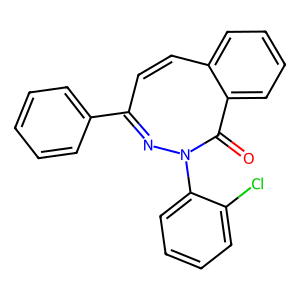
SMILES: O=C1c2ccccc2C=CC(c2ccccc2)=NN1c1ccccc1Cl
Inhibits HIV replication: No